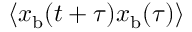
\langle x _ { \mathrm { b } } ( t + \tau ) x _ { \mathrm { b } } ( \tau ) \rangle